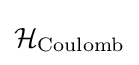
{\mathcal {H}}_{\text{Coulomb}}